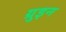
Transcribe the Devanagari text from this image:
ग्रुइन